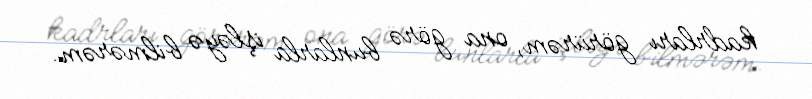
kadrları görürəm, ona görə bunlarla işləyə bilmərəm.